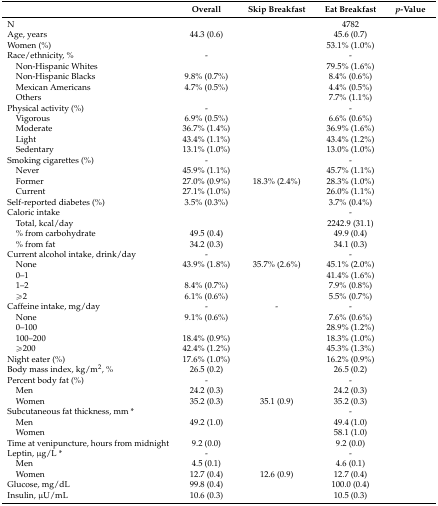
<table><thead><tr><td>[EMPTY_CELL]</td><td><b>Overall</b></td><td><b>Skip Breakfast</b></td><td><b>Eat Breakfast</b></td><td><b><i>p</i>-Value</b></td></tr></thead><tbody><tr><td>N</td><td>[EMPTY_CELL]</td><td>[EMPTY_CELL]</td><td>4782</td><td>[EMPTY_CELL]</td></tr><tr><td>Age, years</td><td>44.3 (0.6)</td><td>[EMPTY_CELL]</td><td>45.6 (0.7)</td><td>[EMPTY_CELL]</td></tr><tr><td>Women (%)</td><td>[EMPTY_CELL]</td><td>[EMPTY_CELL]</td><td>53.1% (1.0%)</td><td>[EMPTY_CELL]</td></tr><tr><td>Race/ethnicity, %</td><td>-</td><td>[EMPTY_CELL]</td><td>-</td><td>[EMPTY_CELL]</td></tr><tr><td> Non-Hispanic Whites</td><td>[EMPTY_CELL]</td><td>[EMPTY_CELL]</td><td>79.5% (1.6%)</td><td>[EMPTY_CELL]</td></tr><tr><td> Non-Hispanic Blacks</td><td>9.8% (0.7%)</td><td>[EMPTY_CELL]</td><td>8.4% (0.6%)</td><td>[EMPTY_CELL]</td></tr><tr><td> Mexican Americans</td><td>4.7% (0.5%)</td><td>[EMPTY_CELL]</td><td>4.4% (0.5%)</td><td>[EMPTY_CELL]</td></tr><tr><td> Others</td><td>[EMPTY_CELL]</td><td>[EMPTY_CELL]</td><td>7.7% (1.1%)</td><td>[EMPTY_CELL]</td></tr><tr><td>Physical activity (%)</td><td>-</td><td>[EMPTY_CELL]</td><td>-</td><td>[EMPTY_CELL]</td></tr><tr><td> Vigorous</td><td>6.9% (0.5%)</td><td>[EMPTY_CELL]</td><td>6.6% (0.6%)</td><td>[EMPTY_CELL]</td></tr><tr><td> Moderate</td><td>36.7% (1.4%)</td><td>[EMPTY_CELL]</td><td>36.9% (1.6%)</td><td>[EMPTY_CELL]</td></tr><tr><td> Light</td><td>43.4% (1.1%)</td><td>[EMPTY_CELL]</td><td>43.4% (1.2%)</td><td>[EMPTY_CELL]</td></tr><tr><td> Sedentary</td><td>13.1% (1.0%)</td><td>[EMPTY_CELL]</td><td>13.0% (1.0%)</td><td>[EMPTY_CELL]</td></tr><tr><td>Smoking cigarettes (%)</td><td>-</td><td>[EMPTY_CELL]</td><td>-</td><td>[EMPTY_CELL]</td></tr><tr><td> Never</td><td>45.9% (1.1%)</td><td>[EMPTY_CELL]</td><td>45.7% (1.1%)</td><td>[EMPTY_CELL]</td></tr><tr><td> Former</td><td>27.0% (0.9%)</td><td>18.3% (2.4%)</td><td>28.3% (1.0%)</td><td>[EMPTY_CELL]</td></tr><tr><td> Current</td><td>27.1% (1.0%)</td><td>[EMPTY_CELL]</td><td>26.0% (1.1%)</td><td>[EMPTY_CELL]</td></tr><tr><td>Self-reported diabetes (%)</td><td>3.5% (0.3%)</td><td>[EMPTY_CELL]</td><td>3.7% (0.4%)</td><td>[EMPTY_CELL]</td></tr><tr><td>Caloric intake</td><td>[EMPTY_CELL]</td><td>[EMPTY_CELL]</td><td>-</td><td>[EMPTY_CELL]</td></tr><tr><td> Total, kcal/day</td><td>[EMPTY_CELL]</td><td>[EMPTY_CELL]</td><td>2242.9 (31.1)</td><td>[EMPTY_CELL]</td></tr><tr><td> % from carbohydrate</td><td>49.5 (0.4)</td><td>[EMPTY_CELL]</td><td>49.9 (0.4)</td><td>[EMPTY_CELL]</td></tr><tr><td> % from fat</td><td>34.2 (0.3)</td><td>[EMPTY_CELL]</td><td>34.1 (0.3)</td><td>[EMPTY_CELL]</td></tr><tr><td>Current alcohol intake, drink/day</td><td>-</td><td>[EMPTY_CELL]</td><td>-</td><td>[EMPTY_CELL]</td></tr><tr><td> None</td><td>43.9% (1.8%)</td><td>35.7% (2.6%)</td><td>45.1% (2.0%)</td><td>[EMPTY_CELL]</td></tr><tr><td> 0–1</td><td>[EMPTY_CELL]</td><td>[EMPTY_CELL]</td><td>41.4% (1.6%)</td><td>[EMPTY_CELL]</td></tr><tr><td> 1–2</td><td>8.4% (0.7%)</td><td>[EMPTY_CELL]</td><td>7.9% (0.8%)</td><td>[EMPTY_CELL]</td></tr><tr><td> ≥2</td><td>6.1% (0.6%)</td><td>[EMPTY_CELL]</td><td>5.5% (0.7%)</td><td>[EMPTY_CELL]</td></tr><tr><td>Caffeine intake, mg/day</td><td>-</td><td>-</td><td>-</td><td>[EMPTY_CELL]</td></tr><tr><td> None</td><td>9.1% (0.6%)</td><td>[EMPTY_CELL]</td><td>7.6% (0.6%)</td><td>[EMPTY_CELL]</td></tr><tr><td> 0–100</td><td>[EMPTY_CELL]</td><td>[EMPTY_CELL]</td><td>28.9% (1.2%)</td><td>[EMPTY_CELL]</td></tr><tr><td> 100–200</td><td>18.4% (0.9%)</td><td>[EMPTY_CELL]</td><td>18.3% (1.0%)</td><td>[EMPTY_CELL]</td></tr><tr><td> ≥200</td><td>42.4% (1.2%)</td><td>[EMPTY_CELL]</td><td>45.3% (1.3%)</td><td>[EMPTY_CELL]</td></tr><tr><td>Night eater (%)</td><td>17.6% (1.0%)</td><td>[EMPTY_CELL]</td><td>16.2% (0.9%)</td><td>[EMPTY_CELL]</td></tr><tr><td>Body mass index, kg/m<sup>2</sup>, %</td><td>26.5 (0.2)</td><td>[EMPTY_CELL]</td><td>26.5 (0.2)</td><td>[EMPTY_CELL]</td></tr><tr><td>Percent body fat (%)</td><td>-</td><td>[EMPTY_CELL]</td><td>-</td><td>[EMPTY_CELL]</td></tr><tr><td> Men</td><td>24.2 (0.3)</td><td>[EMPTY_CELL]</td><td>24.2 (0.3)</td><td>[EMPTY_CELL]</td></tr><tr><td> Women</td><td>35.2 (0.3)</td><td>35.1 (0.9)</td><td>35.2 (0.3)</td><td>[EMPTY_CELL]</td></tr><tr><td>Subcutaneous fat thickness, mm *</td><td>[EMPTY_CELL]</td><td>[EMPTY_CELL]</td><td>-</td><td>[EMPTY_CELL]</td></tr><tr><td> Men</td><td>49.2 (1.0)</td><td>[EMPTY_CELL]</td><td>49.4 (1.0)</td><td>[EMPTY_CELL]</td></tr><tr><td> Women</td><td>[EMPTY_CELL]</td><td>[EMPTY_CELL]</td><td>58.1 (1.0)</td><td>[EMPTY_CELL]</td></tr><tr><td>Time at venipuncture, hours from midnight</td><td>9.2 (0.0)</td><td>[EMPTY_CELL]</td><td>9.2 (0.0)</td><td>[EMPTY_CELL]</td></tr><tr><td>Leptin, μg/L *</td><td>-</td><td>[EMPTY_CELL]</td><td>-</td><td>[EMPTY_CELL]</td></tr><tr><td> Men</td><td>4.5 (0.1)</td><td>[EMPTY_CELL]</td><td>4.6 (0.1)</td><td>[EMPTY_CELL]</td></tr><tr><td> Women</td><td>12.7 (0.4)</td><td>12.6 (0.9)</td><td>12.7 (0.4)</td><td>[EMPTY_CELL]</td></tr><tr><td>Glucose, mg/dL</td><td>99.8 (0.4)</td><td>[EMPTY_CELL]</td><td>100.0 (0.4)</td><td>[EMPTY_CELL]</td></tr><tr><td>Insulin, μU/mL</td><td>10.6 (0.3)</td><td>[EMPTY_CELL]</td><td>10.5 (0.3)</td><td>[EMPTY_CELL]</td></tr></tbody></table>